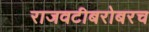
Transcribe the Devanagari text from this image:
राजवटीबरोबरच